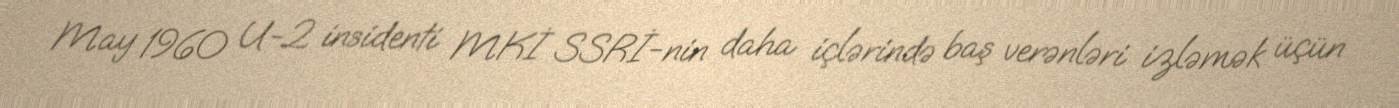
May 1960 U-2 insidenti MKİ SSRİ-nin daha içlərində baş verənləri izləmək üçün